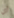
أي